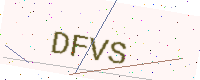
Text: DFVS